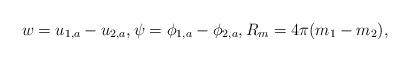
LaTeX: \begin{align*}w = u_{1,a} - u_{2,a}, \psi = \phi_{1,a} - \phi_{2,a}, R_{m} = 4 \pi (m_{1} - m_{2}),\end{align*}